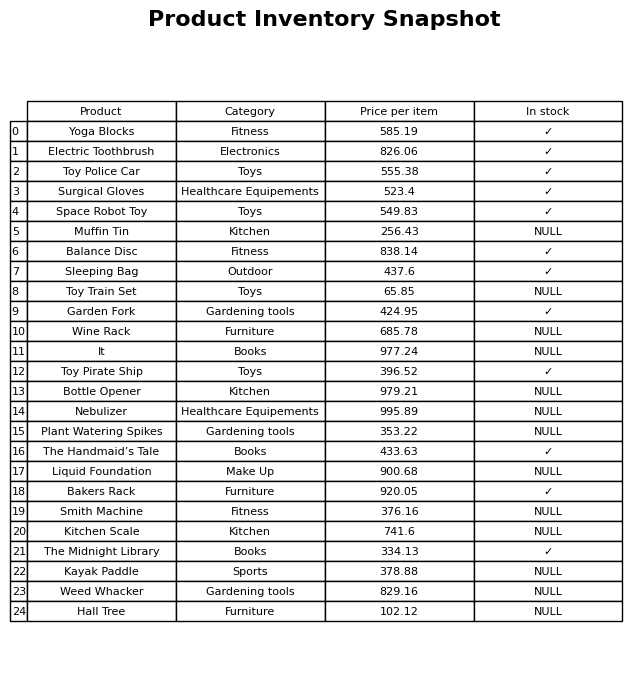
question: What is the price for Plant Watering Spikes?
answer: The price of Plant Watering Spikes is 353.22.